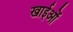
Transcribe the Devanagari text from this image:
खाईओं